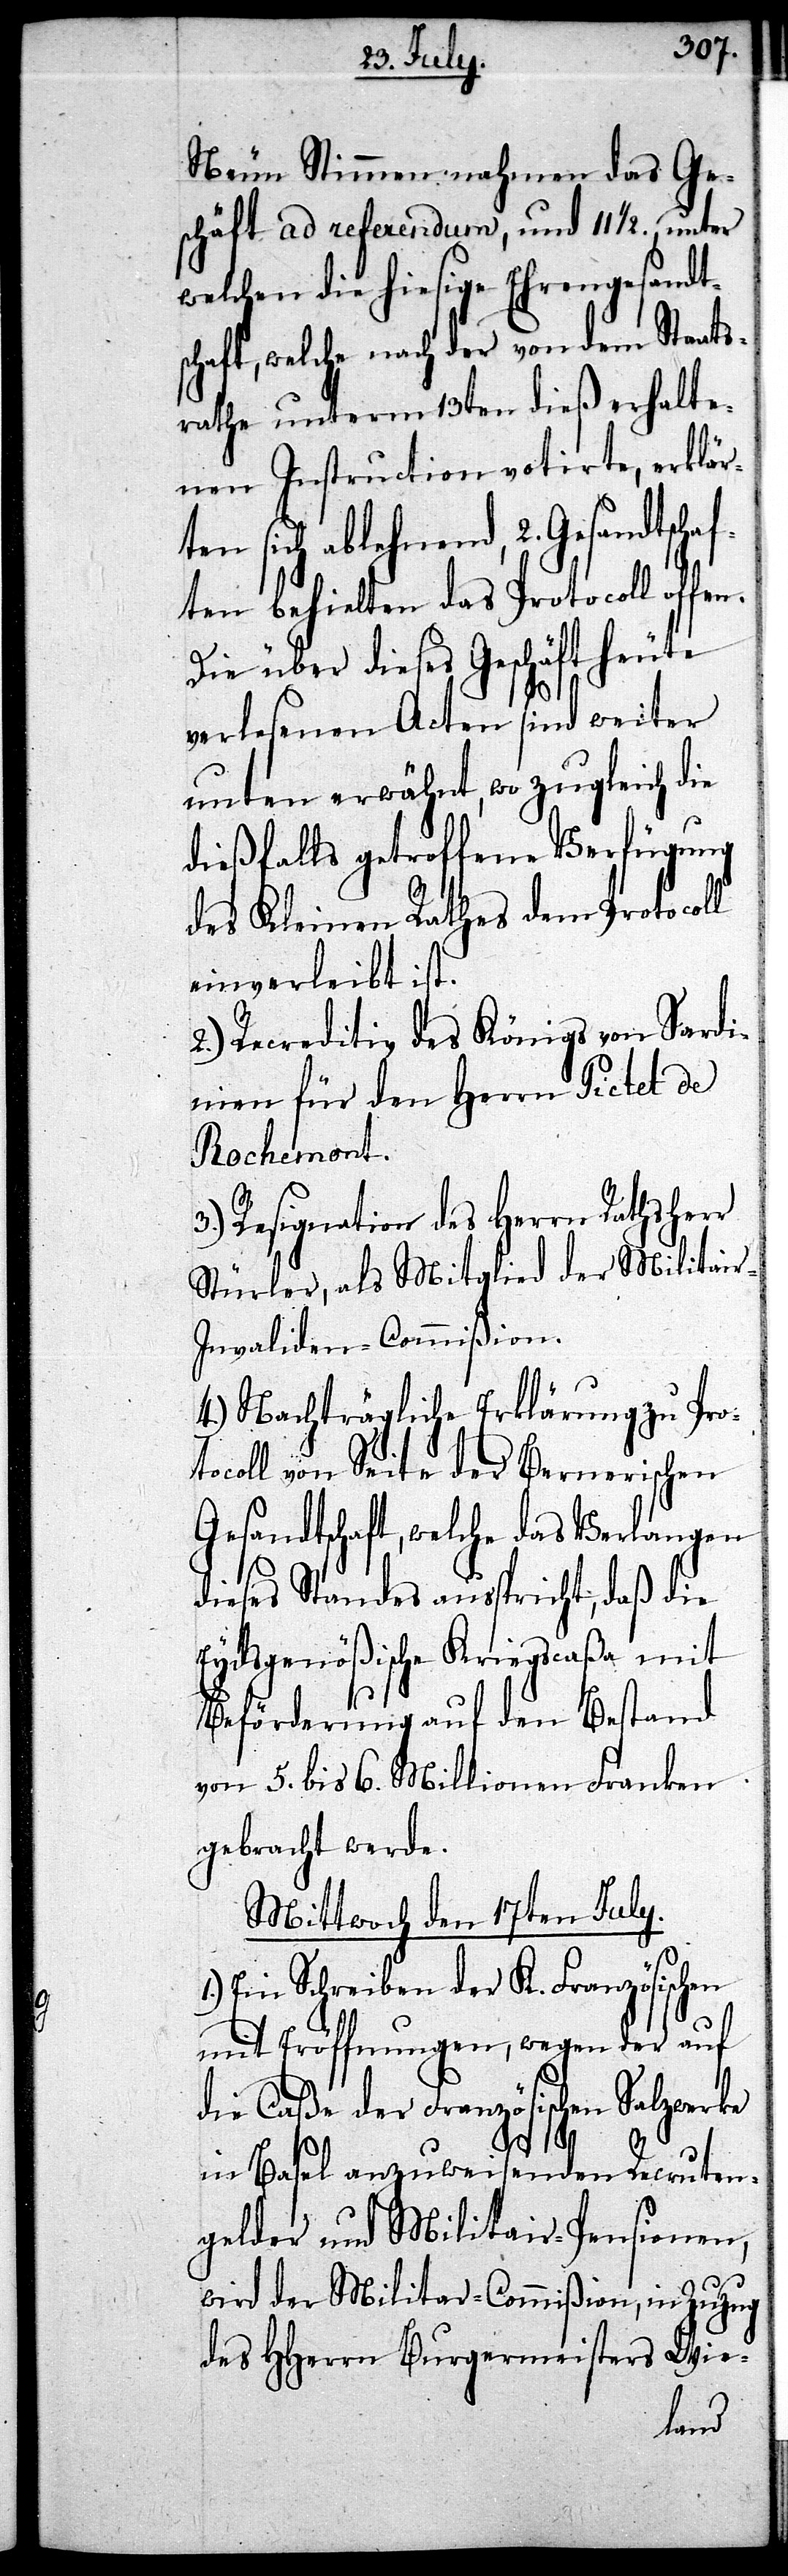
Neun Stimmen nahmen das Ge¬
schäft ad referendum, und 111/2., unter
welchen die hiesige Ehrengesandt¬
schaft, welche nach der von dem Staats¬
rathe unterm 13ten dieß erhalte¬
nen Instruction notirte, erklär¬
ten sich ablehnend, 2. Gesandtschaf¬
ten behielten das Protocoll offen.
Die über dieses Geschäft heute
verlesenen Acten sind weiter
unten erwähnt, wo zugleich die
dießfalls getroffene Verfügung
des Kleinen Rathes dem Protocoll
einverleibt ist.
2.) Recreditiv des Königs von Sardi¬
nien für den Herrn Pictet de
Rochemont.
3.) Resignation des Herrn Rathsherr
Stürler, als Mitglied der Militair-I¬
nvaliden-Commißion.
4.) Nachträgliche Erklärung zu Pro¬
tocoll von Seite der Bernerischen
Gesandtschaft, welche das Verlangen
dieses Standes ausspricht, daß die
Eydsgenößische Kriegscaßa mit
Beförderung auf den Bestand
von 5. bis 6. Millionen Franken
gebracht werde.
Mittwoch den 17ten July.
1.) Ein Schreiben der K. Französischen
mit Eröffnungen, wegen der auf
die Caße der Französischen Salzwerke
in Basel anzuweisenden Recruten¬
gelder und Militair-Pensionen,
wird der Militar-Commißion, in Zuzug
des HHerrn Burgermeisters Wie-